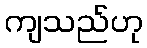
ကျသည်ဟု